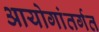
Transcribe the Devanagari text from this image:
आयोगांतर्गत